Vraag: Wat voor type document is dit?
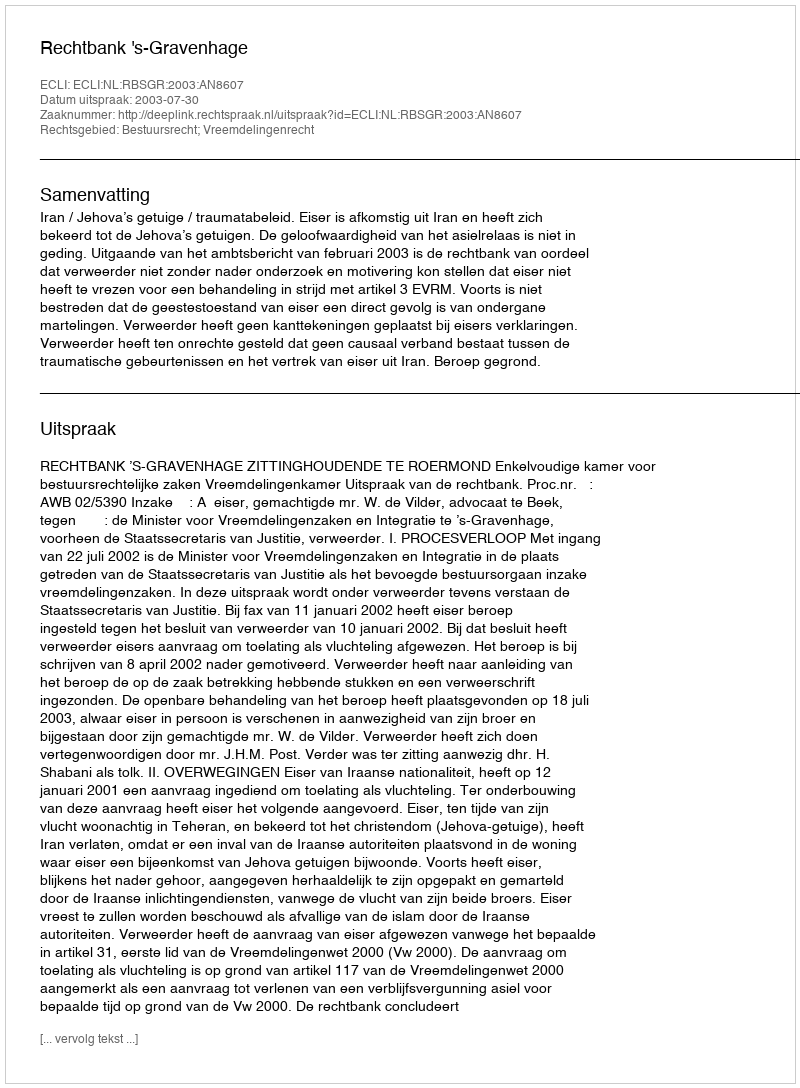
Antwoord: Uitspraak